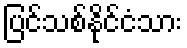
ပြင်သစ်နိုင်ငံသား